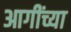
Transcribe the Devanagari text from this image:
आगींच्या